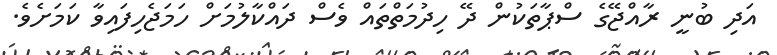
އަދި ބުނީ ރާއްޖޭގެ ސްޕާތަކުން ދޭ ހިދުމަތްތައް ވެސް ދައްކާލުމަށް ހަމަޖެހިފައިވާ ކަމަށެވެ.